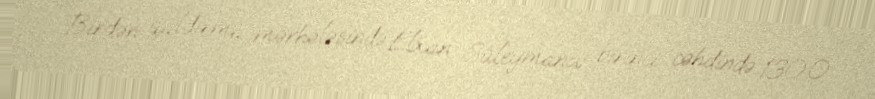
Birdən qaldırma mərhələsində Elxan Süleymanov birinci cəhdində 130.0